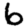
Digit: 6